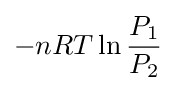
-nRT\ln {\frac {P_{1}}{P_{2}}}\;